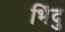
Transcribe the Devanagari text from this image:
भिंदु